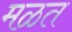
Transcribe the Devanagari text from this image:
मळत